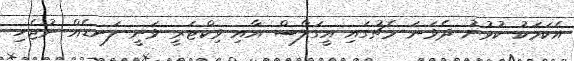
އެކަމަކު ކުޅުނު ދެވަނަ މެޗުގައި އީގަލްސް އާއި ވިކްޓަރީ ވަނީ ލަނޑެއް ނުޖެހި